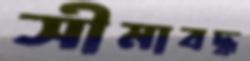
সীমাবদ্ধ